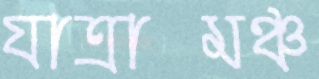
যাত্রামঞ্চ